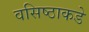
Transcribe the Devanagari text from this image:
वसिष्ठाकडे